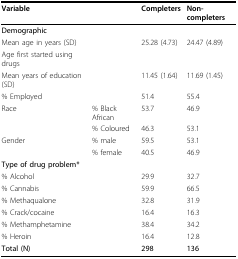
| Variable |  | Completers | Non-completers |
 | --- | --- | --- | --- |
 | Demographic |  |  |  |
 | Mean age in years (SD) |  | 25.28 (4.73) | 24.47 (4.89) |
 | Age first started using drugs |  |  |  |
 | Mean years of education (SD) |  | 11.45 (1.64) | 11.69 (1.45) |
 | % Employed |  | 51.4 | 55.4 |
 | Race | % Black African | 53.7 | 46.9 |
 |  | % Coloured | 46.3 | 53.1 |
 | Gender | % male | 59.5 | 53.1 |
 |  | % female | 40.5 | 46.9 |
 | Type of drug problem* |  |  |  |
 | % Alcohol |  | 29.9 | 32.7 |
 | % Cannabis |  | 59.9 | 66.5 |
 | % Methaqualone |  | 32.8 | 31.9 |
 | % Crack/cocaine |  | 16.4 | 16.3 |
 | % Methamphetamine |  | 38.4 | 34.2 |
 | % Heroin |  | 16.4 | 12.8 |
 | Total (N) |  | 298 | 136 |